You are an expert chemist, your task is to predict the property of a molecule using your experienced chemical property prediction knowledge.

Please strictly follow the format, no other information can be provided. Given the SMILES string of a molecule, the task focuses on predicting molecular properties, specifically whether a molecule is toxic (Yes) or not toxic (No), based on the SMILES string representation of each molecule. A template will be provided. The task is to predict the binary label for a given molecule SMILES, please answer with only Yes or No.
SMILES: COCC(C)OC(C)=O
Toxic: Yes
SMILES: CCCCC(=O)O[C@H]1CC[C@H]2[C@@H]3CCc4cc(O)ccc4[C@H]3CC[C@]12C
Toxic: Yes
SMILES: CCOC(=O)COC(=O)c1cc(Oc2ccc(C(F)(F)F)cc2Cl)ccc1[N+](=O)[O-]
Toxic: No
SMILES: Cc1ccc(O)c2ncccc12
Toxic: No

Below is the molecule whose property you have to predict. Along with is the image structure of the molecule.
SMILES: Cc1c(C(=O)NCCO)[n+]([O-])c2ccccc2[n+]1[O-]
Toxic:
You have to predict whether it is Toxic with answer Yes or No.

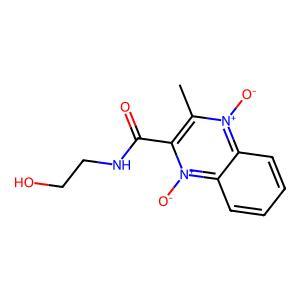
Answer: No